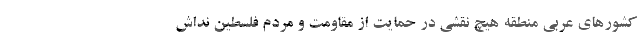
کشورهای عربی منطقه هیچ نقشی در حمایت از مقاومت و مردم فلسطین نداش